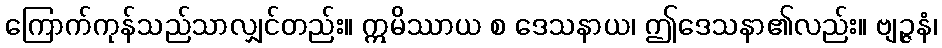
ကြောက်ကုန်သည်သာလျှင်တည်း။ ဣမိဿာယ စ ဒေသနာယ၊ ဤဒေသနာ၏လည်း။ ဗျဉ္ဇနံ၊